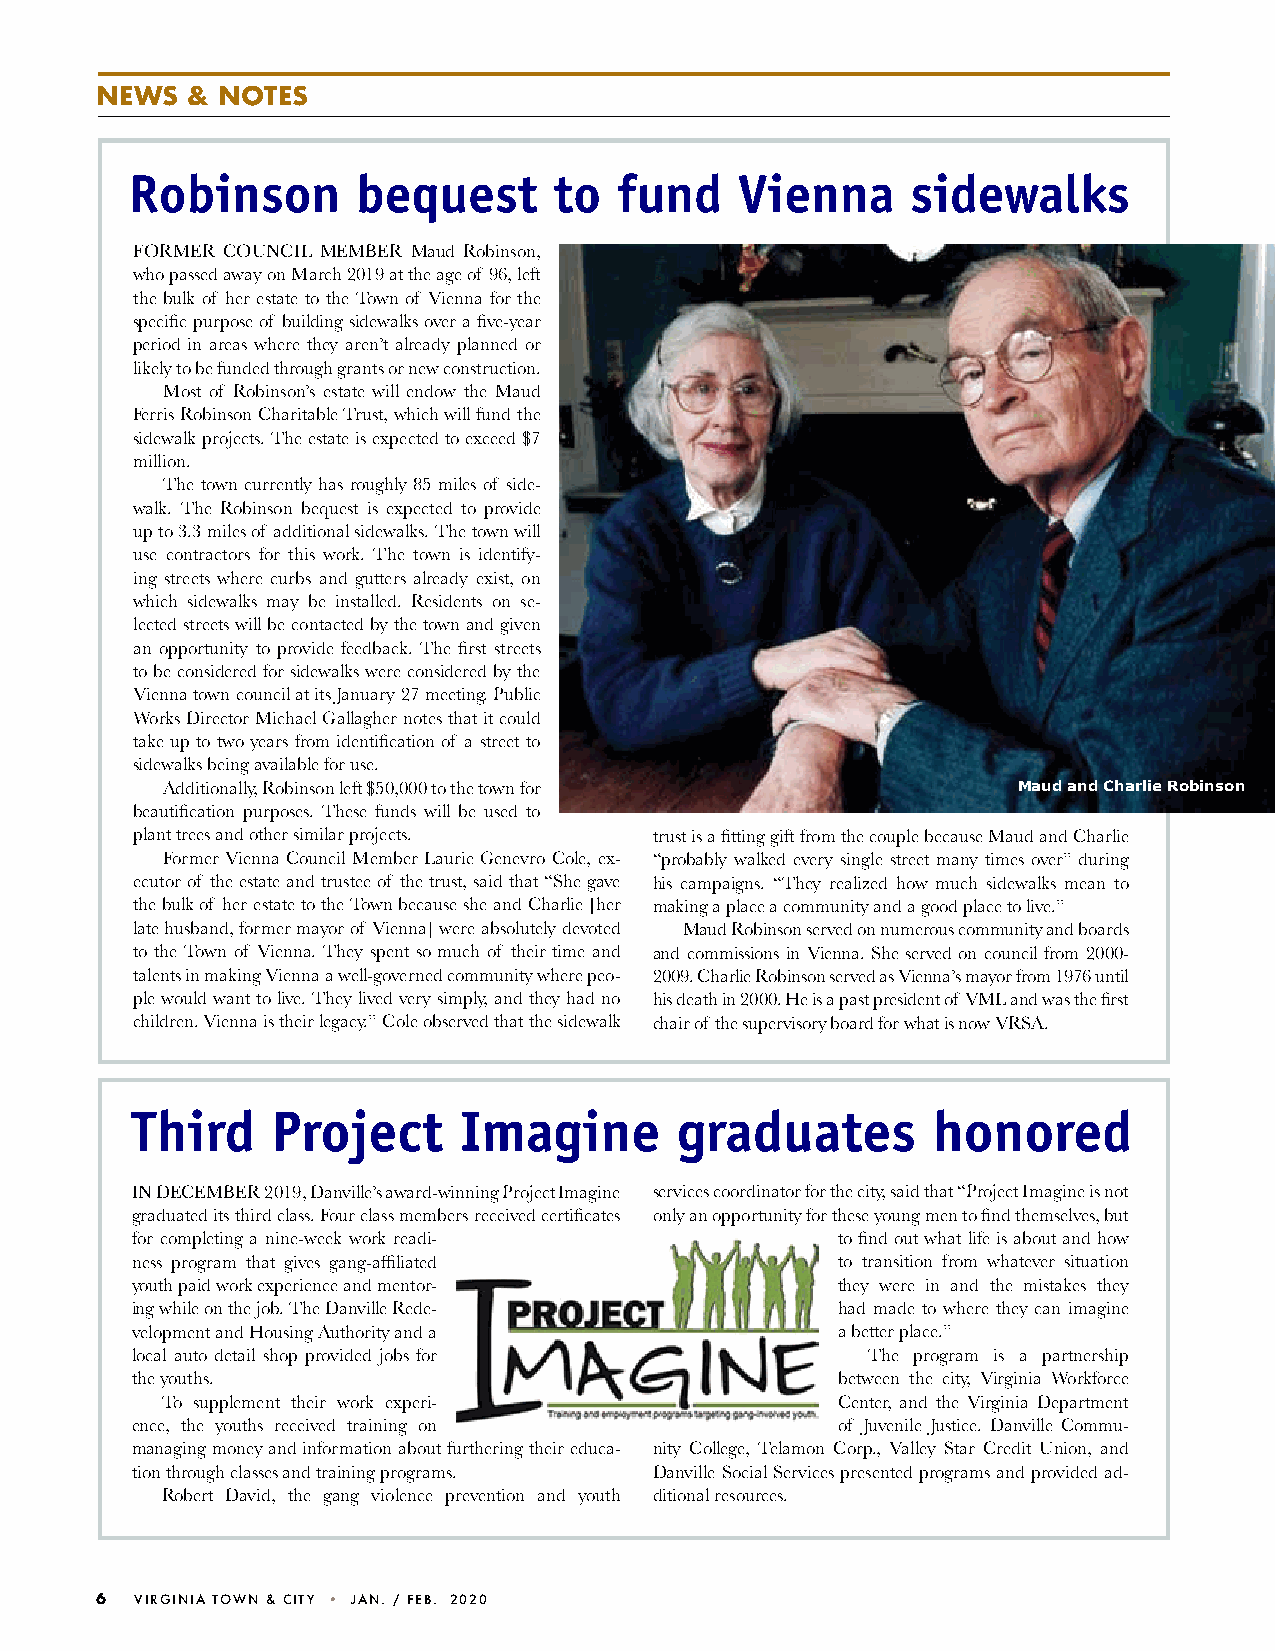
NeWS  & NoTeS
 Robinson       bequest      to  fund    Vienna     sidewalks
 FoRMER CouNCiL MEMBER Maud Robinson,
 who passed away on March 2019 at the age of 96, left
 the bulk of her estate to the Town of Vienna for the
 specific purpose of building sidewalks over a five-year
 period in areas where they aren’t already planned or
 likely to be funded through grants or new construction.
 Most of Robinson’s estate will endow the Maud
 Ferris Robinson Charitable Trust, which will fund the
 sidewalk projects. The estate is expected to exceed $7
 million.
 The town currently has roughly 85 miles of side-
 walk. The Robinson bequest is expected to provide
 up to 3.3 miles of additional sidewalks. The town will
 use contractors for this work. The town is identify-
 ing streets where curbs and gutters already exist, on
 which sidewalks may be installed. Residents on se-
 lected streets will be contacted by the town and given
 an opportunity to provide feedback. The first streets
 to be considered for sidewalks were considered by the
 Vienna town council at its January 27 meeting. Public
 Works Director Michael Gallagher notes that it could
 take up to two years from identification of a street to
 sidewalks being available for use.
 Additionally, Robinson left $50,000 to the town for     Maud and Charlie Robinson
 beautification purposes. These funds will be used to
 plant trees and other similar projects. trust is a fitting gift from the couple because Maud and Charlie
 Former Vienna Council Member Laurie Genevro Cole, ex- “probably walked every single street many times over” during
 ecutor of the estate and trustee of the trust, said that “She gave his campaigns. “They realized how much sidewalks mean to
 the bulk of her estate to the Town because she and Charlie [her making a place a community and a good place to live.”
 late husband, former mayor of Vienna] were absolutely devoted Maud Robinson served on numerous community and boards
 to the Town of Vienna. They spent so much of their time and and commissions in Vienna. She served on council from 2000-
 talents in making Vienna a well-governed community where peo- 2009. Charlie Robinson served as Vienna’s mayor from 1976 until
 ple would want to live. They lived very simply, and they had no his death in 2000. he is a past president of VML and was the first
 children. Vienna is their legacy.” Cole observed that the sidewalk chair of the supervisory board for what is now VRSA.
 Third    Project     Imagine        graduates        honored
 IN DECEMBER 2019, Danville’s award-winning Project Imagine services coordinator for the city, said that “Project Imagine is not
 graduated its third class. Four class members received certificates only an opportunity for these young men to find themselves, but
 for completing a nine-week work readi-        to find out what life is about and how
 ness program that gives gang-affiliated       to transition from whatever situation
 youth paid work experience and mentor-        they were in and the mistakes they
 ing while on the job. The Danville Rede-      had made to where they can imagine
 velopment and housing Authority and a         a better place.”
 local auto detail shop provided jobs for        The program is a partnership
 the youths.                                   between the city, Virginia Workforce
 To supplement their work experi-            Center, and the Virginia Department
 ence, the youths received training on         of Juvenile Justice. Danville Commu-
 managing money and information about furthering their educa- nity College, Telamon Corp., Valley Star Credit union, and
 tion through classes and training programs. Danville Social Services presented programs and provided ad-
 Robert David, the gang violence prevention and youth ditional resources.
 6  VIRGINIa TOWN & CITY • jaN. / Feb. 2020